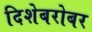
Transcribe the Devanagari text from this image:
दिशेबरोबर